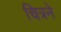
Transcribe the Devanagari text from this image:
चित्रने